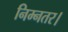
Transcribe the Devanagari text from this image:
निम्नतर।